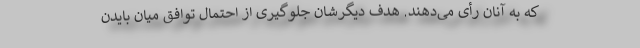
که به آنان رأی می‌دهند. هدف دیگرشان جلوگیری از احتمال توافق میان بایدن